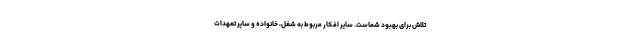
تلاش برای بهبود شماست. سایر افکار مربوط به شغل، خانواده و سایر تعهدات